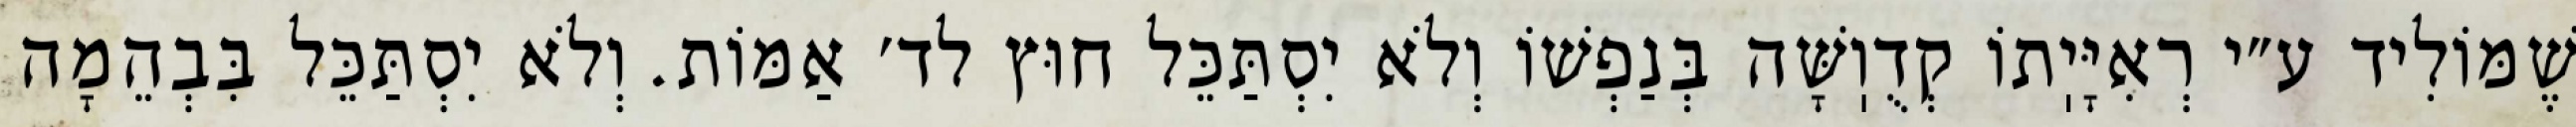
שֶׁמּוֹלִיד ע״י רְאִיָּיֽתוֹ קְדֻוֽשָּׁה בְּנַפְשׁוֹ וְלֹא יִסְתַּכֵּל חוּץ לד׳ אַמּוֹת. וְלֹא יִסְתַּכֵּל בִּבְהֵמָה